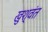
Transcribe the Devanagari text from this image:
खुश्वंत